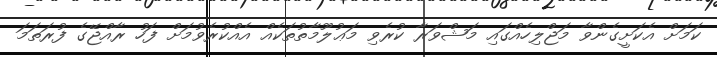
ކަމަށް އެކަށީގެންވާ މަޖްލިހެއްގައި މަޝްވަރާ ކުރެވި މަޢުލޫމާތުތަކެއް އެއްކުރެވުމަށް ފަހު ރާއްޖޭގެ ފުރަތަމަ